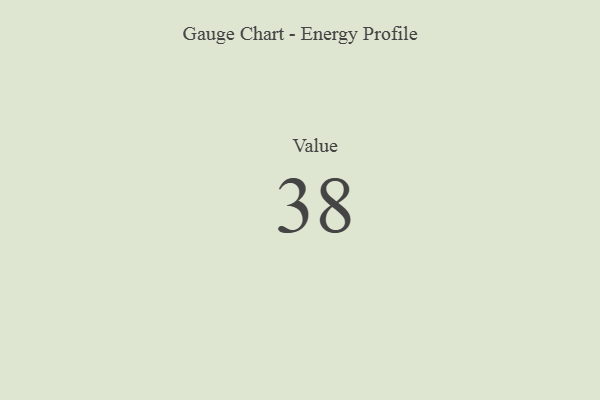
{"axis": {"x": "Metric", "y": "Value"}, "legend": [""], "data": [{"x": "Value", "y": 38, "type": ""}]}